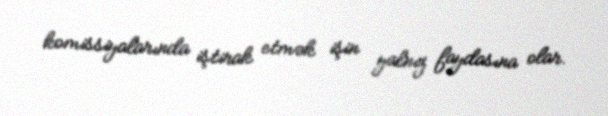
komissiyalarında iştirak etmək işin yalnız faydasına olar.